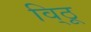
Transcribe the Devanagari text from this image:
वि्ठू